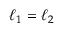
\ell _ { 1 } = \ell _ { 2 }